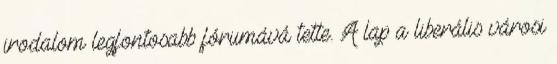
irodalom legfontosabb fórumává tette. A lap a liberális városi